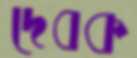
দেবক